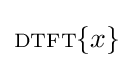
\scriptstyle {\text{DTFT}}\displaystyle \{x\}